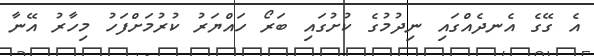
އެ ގޭގެ އެނދެއްގައި ނިދުމުގެ ކުށުގައި ބަރޯ ހައްޔަރު ކުރުމަށްފަހު މިހާރު އޭނާ